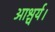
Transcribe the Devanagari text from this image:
आश्चर्य।